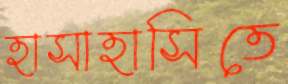
হাসাহাসিতে